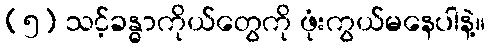
(၅) သင့်ခန္ဓာကိုယ်တွေကို ဖုံးကွယ်မနေပါနဲ့။